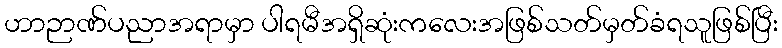
ဟာဉာဏ်ပညာအရာမှာ ပါရမီအရှိဆုံးကလေးအဖြစ်သတ်မှတ်ခံရသူဖြစ်ပြီး